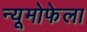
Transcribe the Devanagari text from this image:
न्यूमोफेला